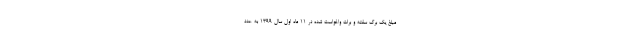
مبلغ یک برگ سفته و برات واخواست شده در ۱۱ ماه اول سال ۱۳۹۹ به عدد